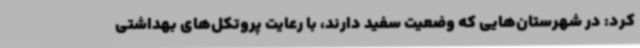
کرد: در شهرستان‌هایی که وضعیت سفید دارند، با رعایت پروتکل‌های بهداشتی